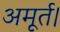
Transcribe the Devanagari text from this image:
अमूर्त।